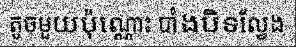
តូចមួយប៉ុណ្ណោះ បាំងបិទល្វែង